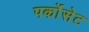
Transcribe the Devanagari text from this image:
पर्कोसेट